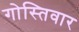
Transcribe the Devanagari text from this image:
गोस्तिवार